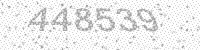
Solution: 448539